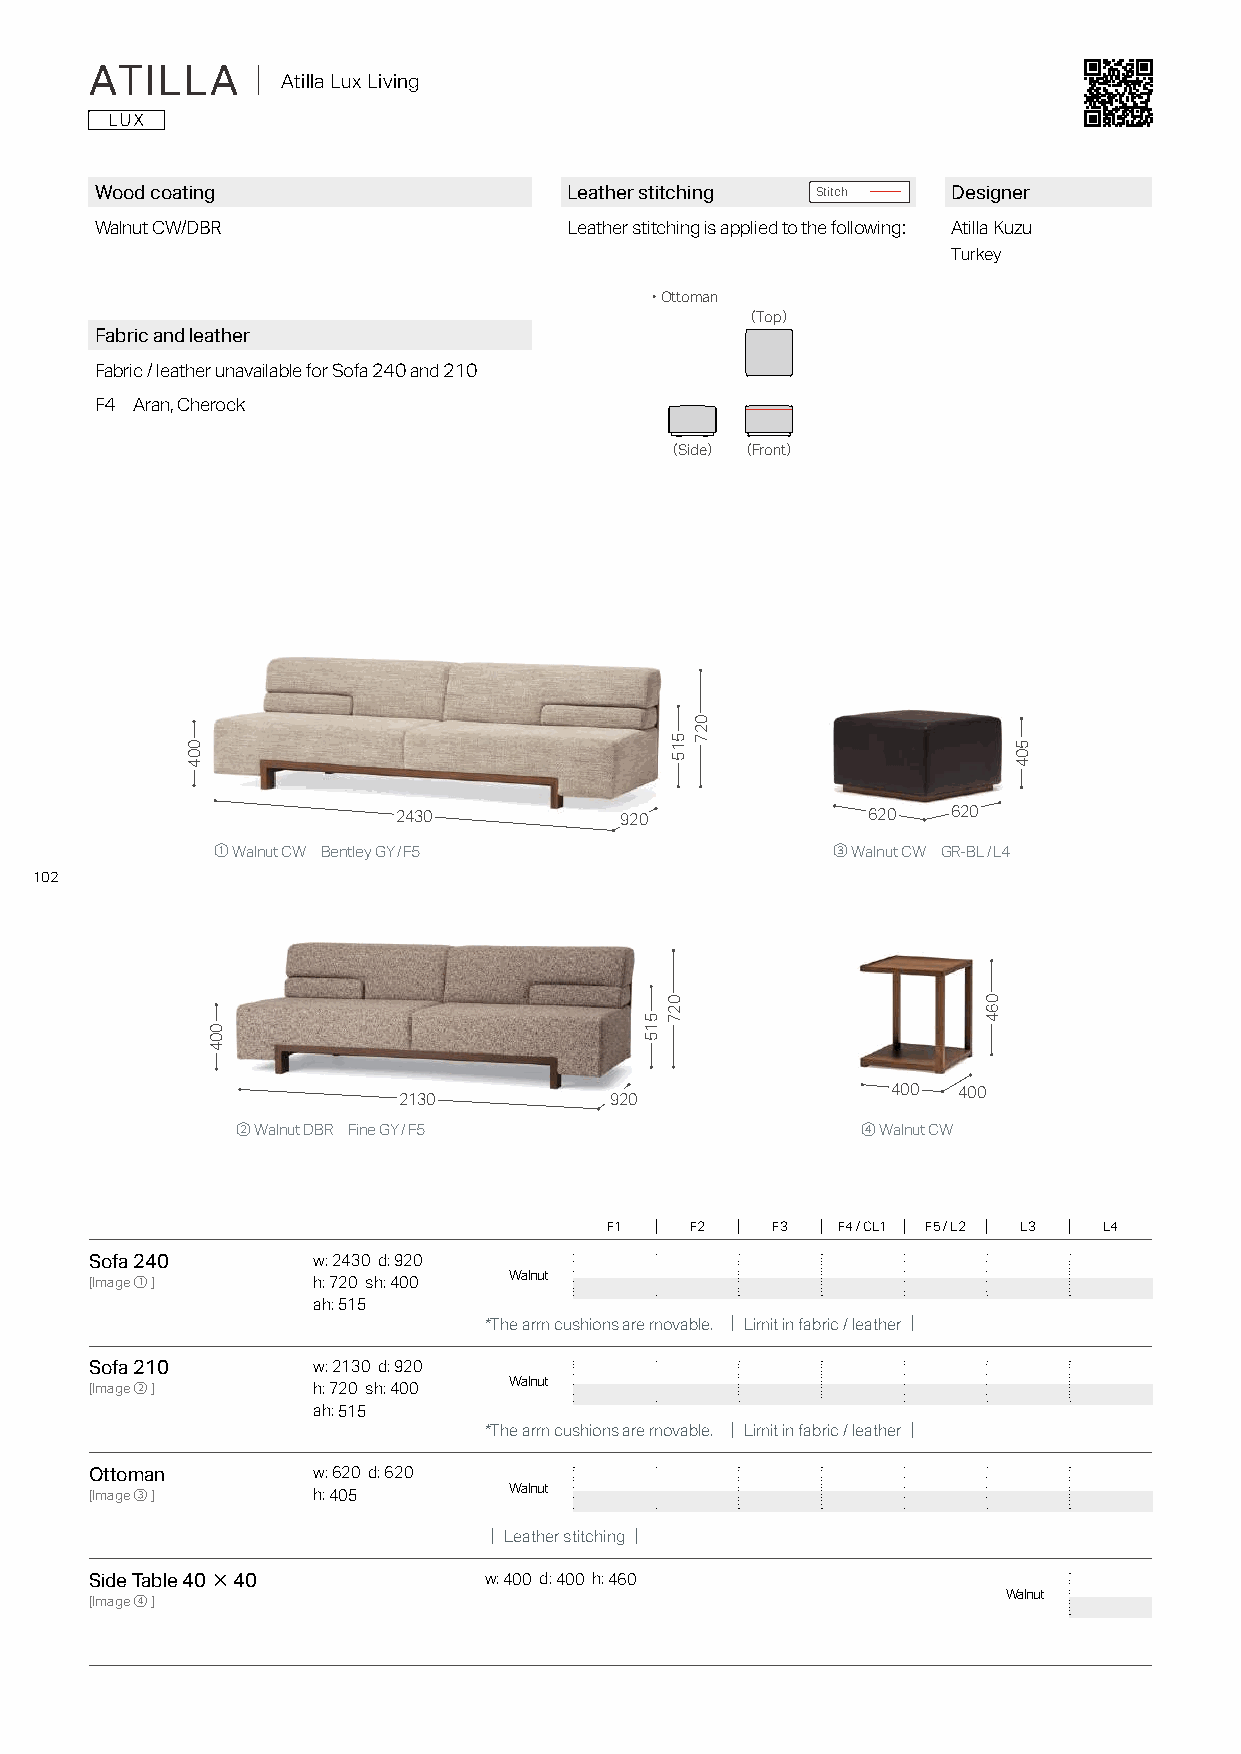
ATILLA     ｜ Atilla Lux Living
 Wood coating                    Leather stitching Stitch Designer
 Walnut CW/DBR                   Leather stitching is applied to the following: Atilla Kuzu
 Turkey
 ・Ottoman
 （Top）
 Fabric and leather
 Fabric / leather unavailable for Sofa 240 and 210
 F4 Aran, Cherock
 （Side） （Front）
 2430           920             620   620
 ① Walnut CW Bentley GY/F5                ③ Walnut CW GR-BL/L4
 102
 400 400
 2130          920
 ② Walnut DBR Fine GY/F5                  ④ Walnut CW
 F1    F2   F3  F4 / CL1 F5 / L2 L3 L4
 Sofa 240       w: 2430 d: 920
 Walnut
 [Image①]       h: 720 sh: 400
 ah: 515
 *The arm cushions are movable. ｜Limit in fabric / leather｜
 Sofa 210       w: 2130 d: 920
 Walnut
 [Image②]       h: 720 sh: 400
 ah: 515
 *The arm cushions are movable. ｜Limit in fabric / leather｜
 Ottoman        w: 620 d: 620
 Walnut
 [Image③]       h: 405
 ｜Leather stitching｜
 Side Table 40×40          w: 400 d: 400 h: 460
 Walnut
 [Image④]
 004
 004
 515
 515
 027
 027
 064
 504